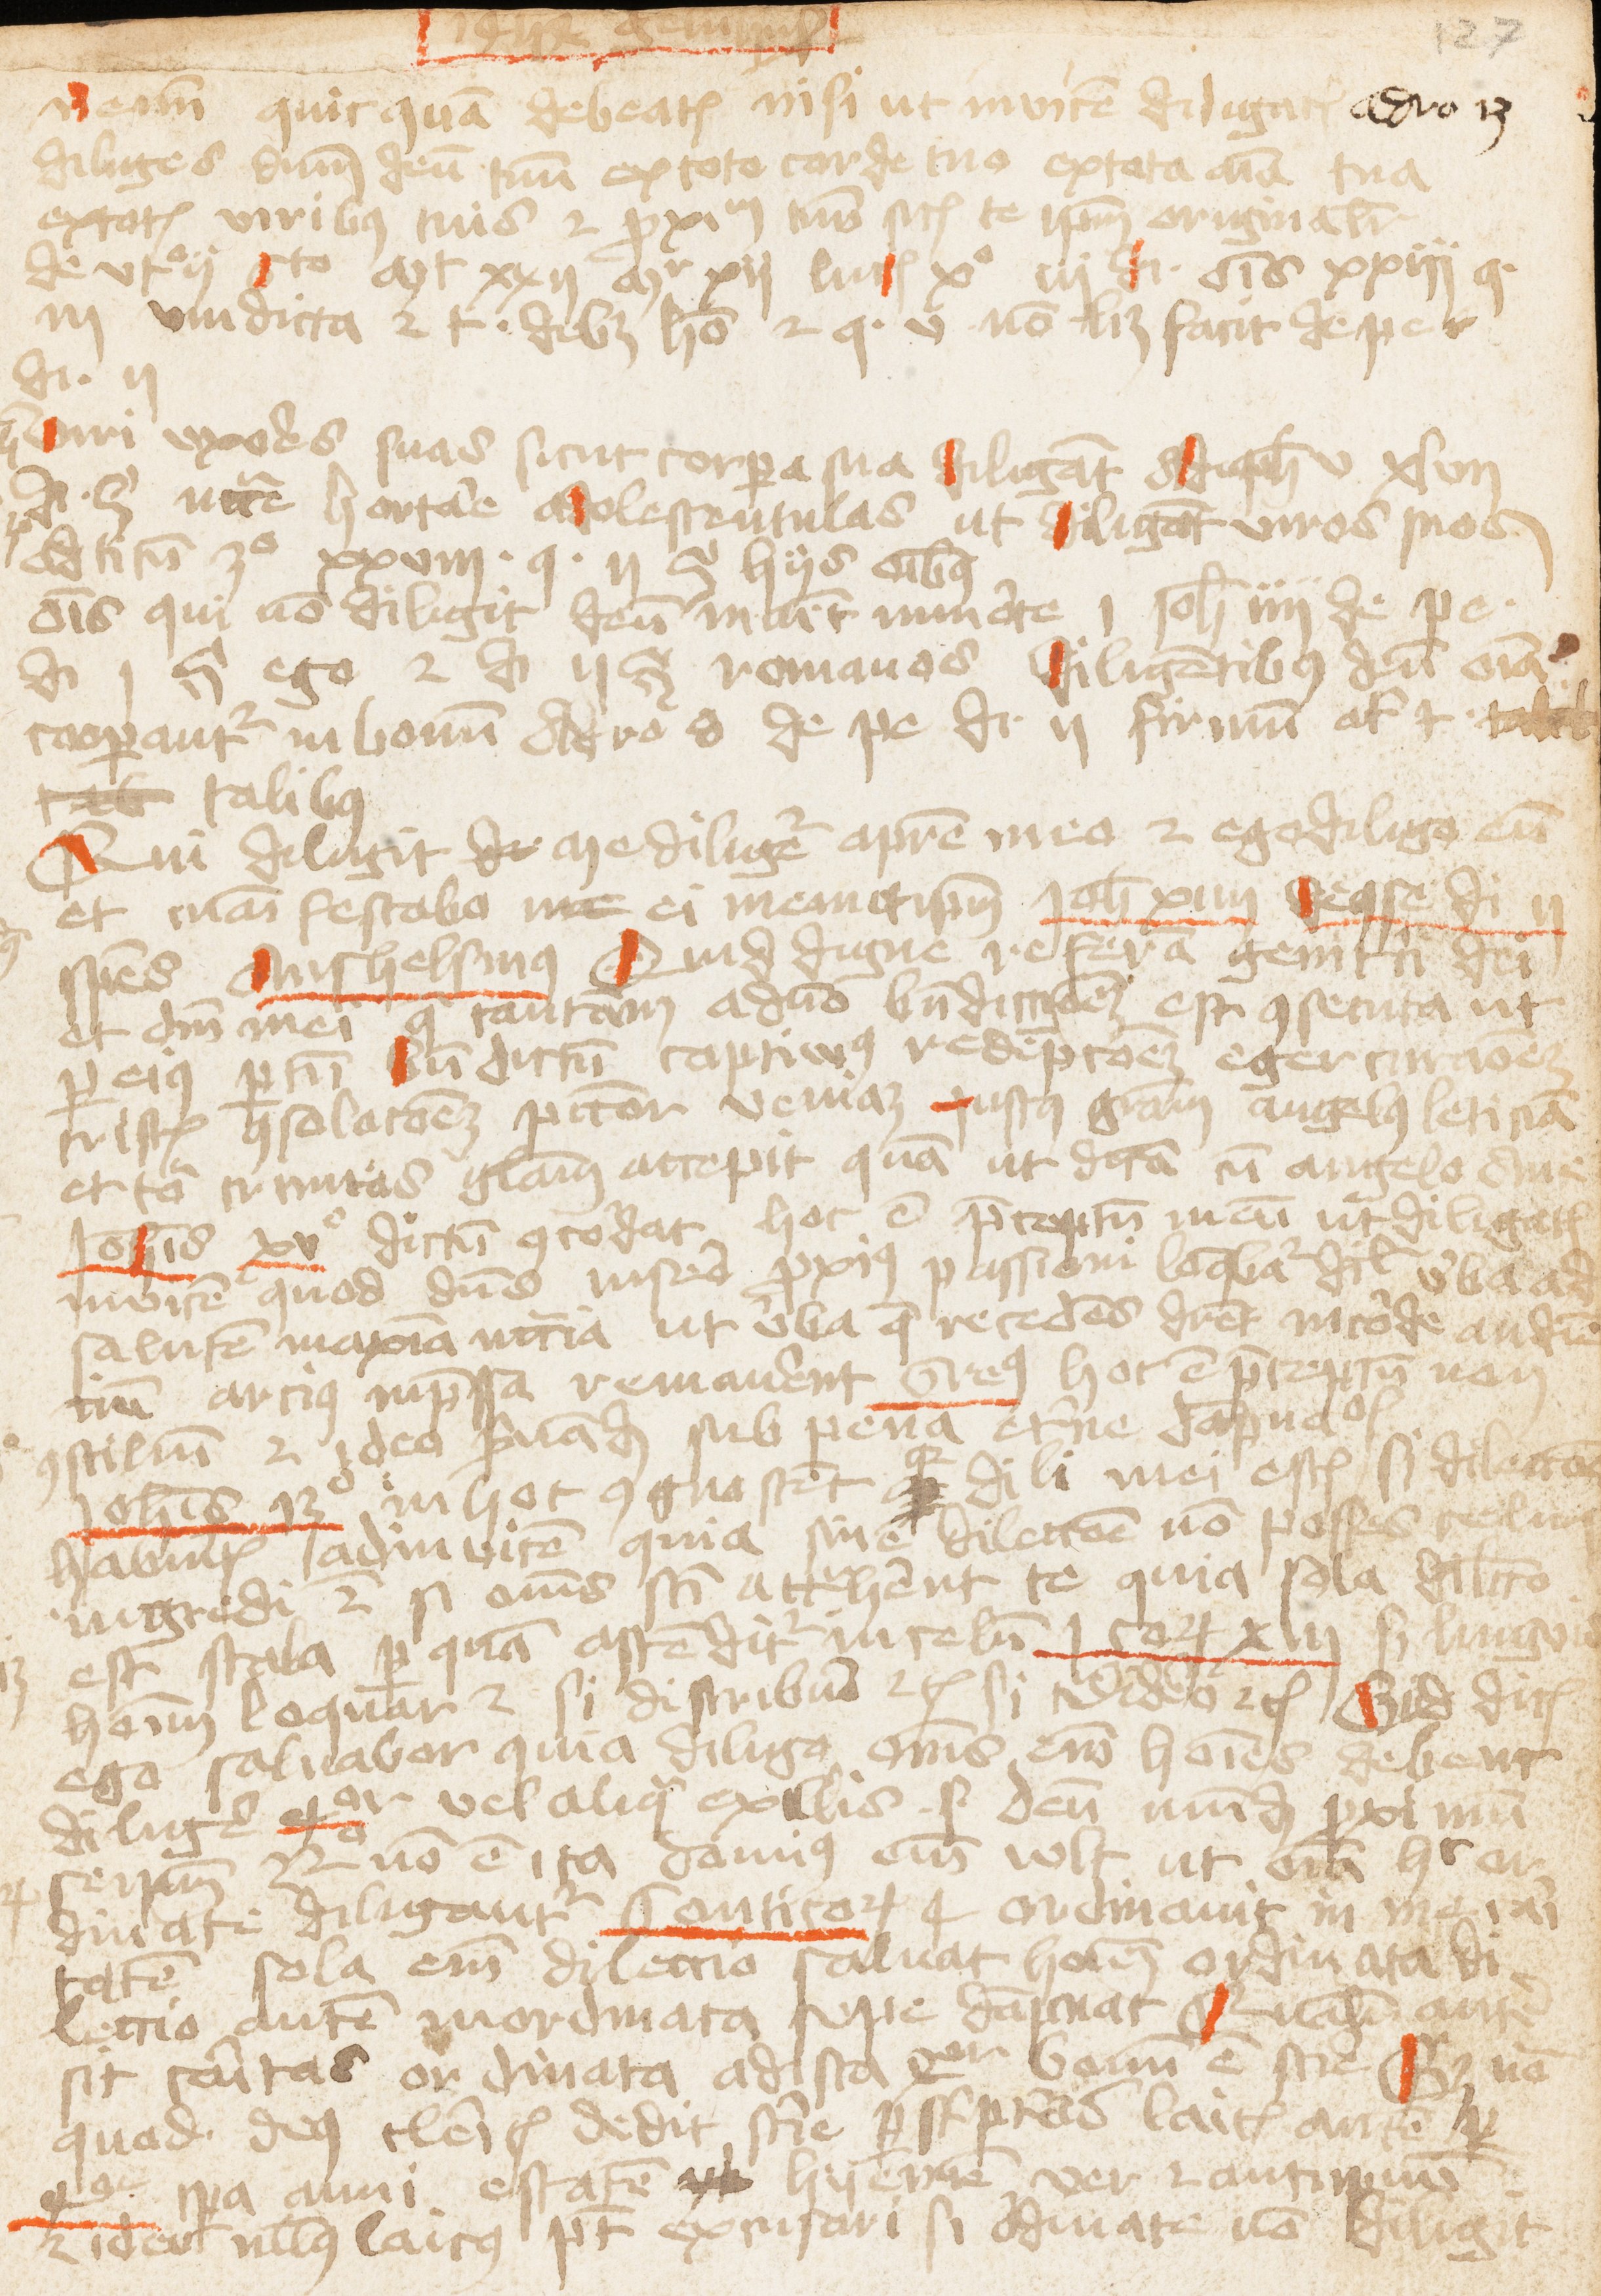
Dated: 1453–1454